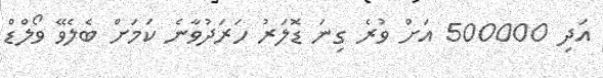
އަދި 500000 އަށް ވުރެ ގިނަ ޑޮލަރު ހަރަދުވާނެ ކަމަށް ބެލެވޭ ވޯލްޑް